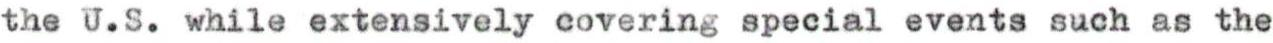
the U.S. while extensively covering special events such as the